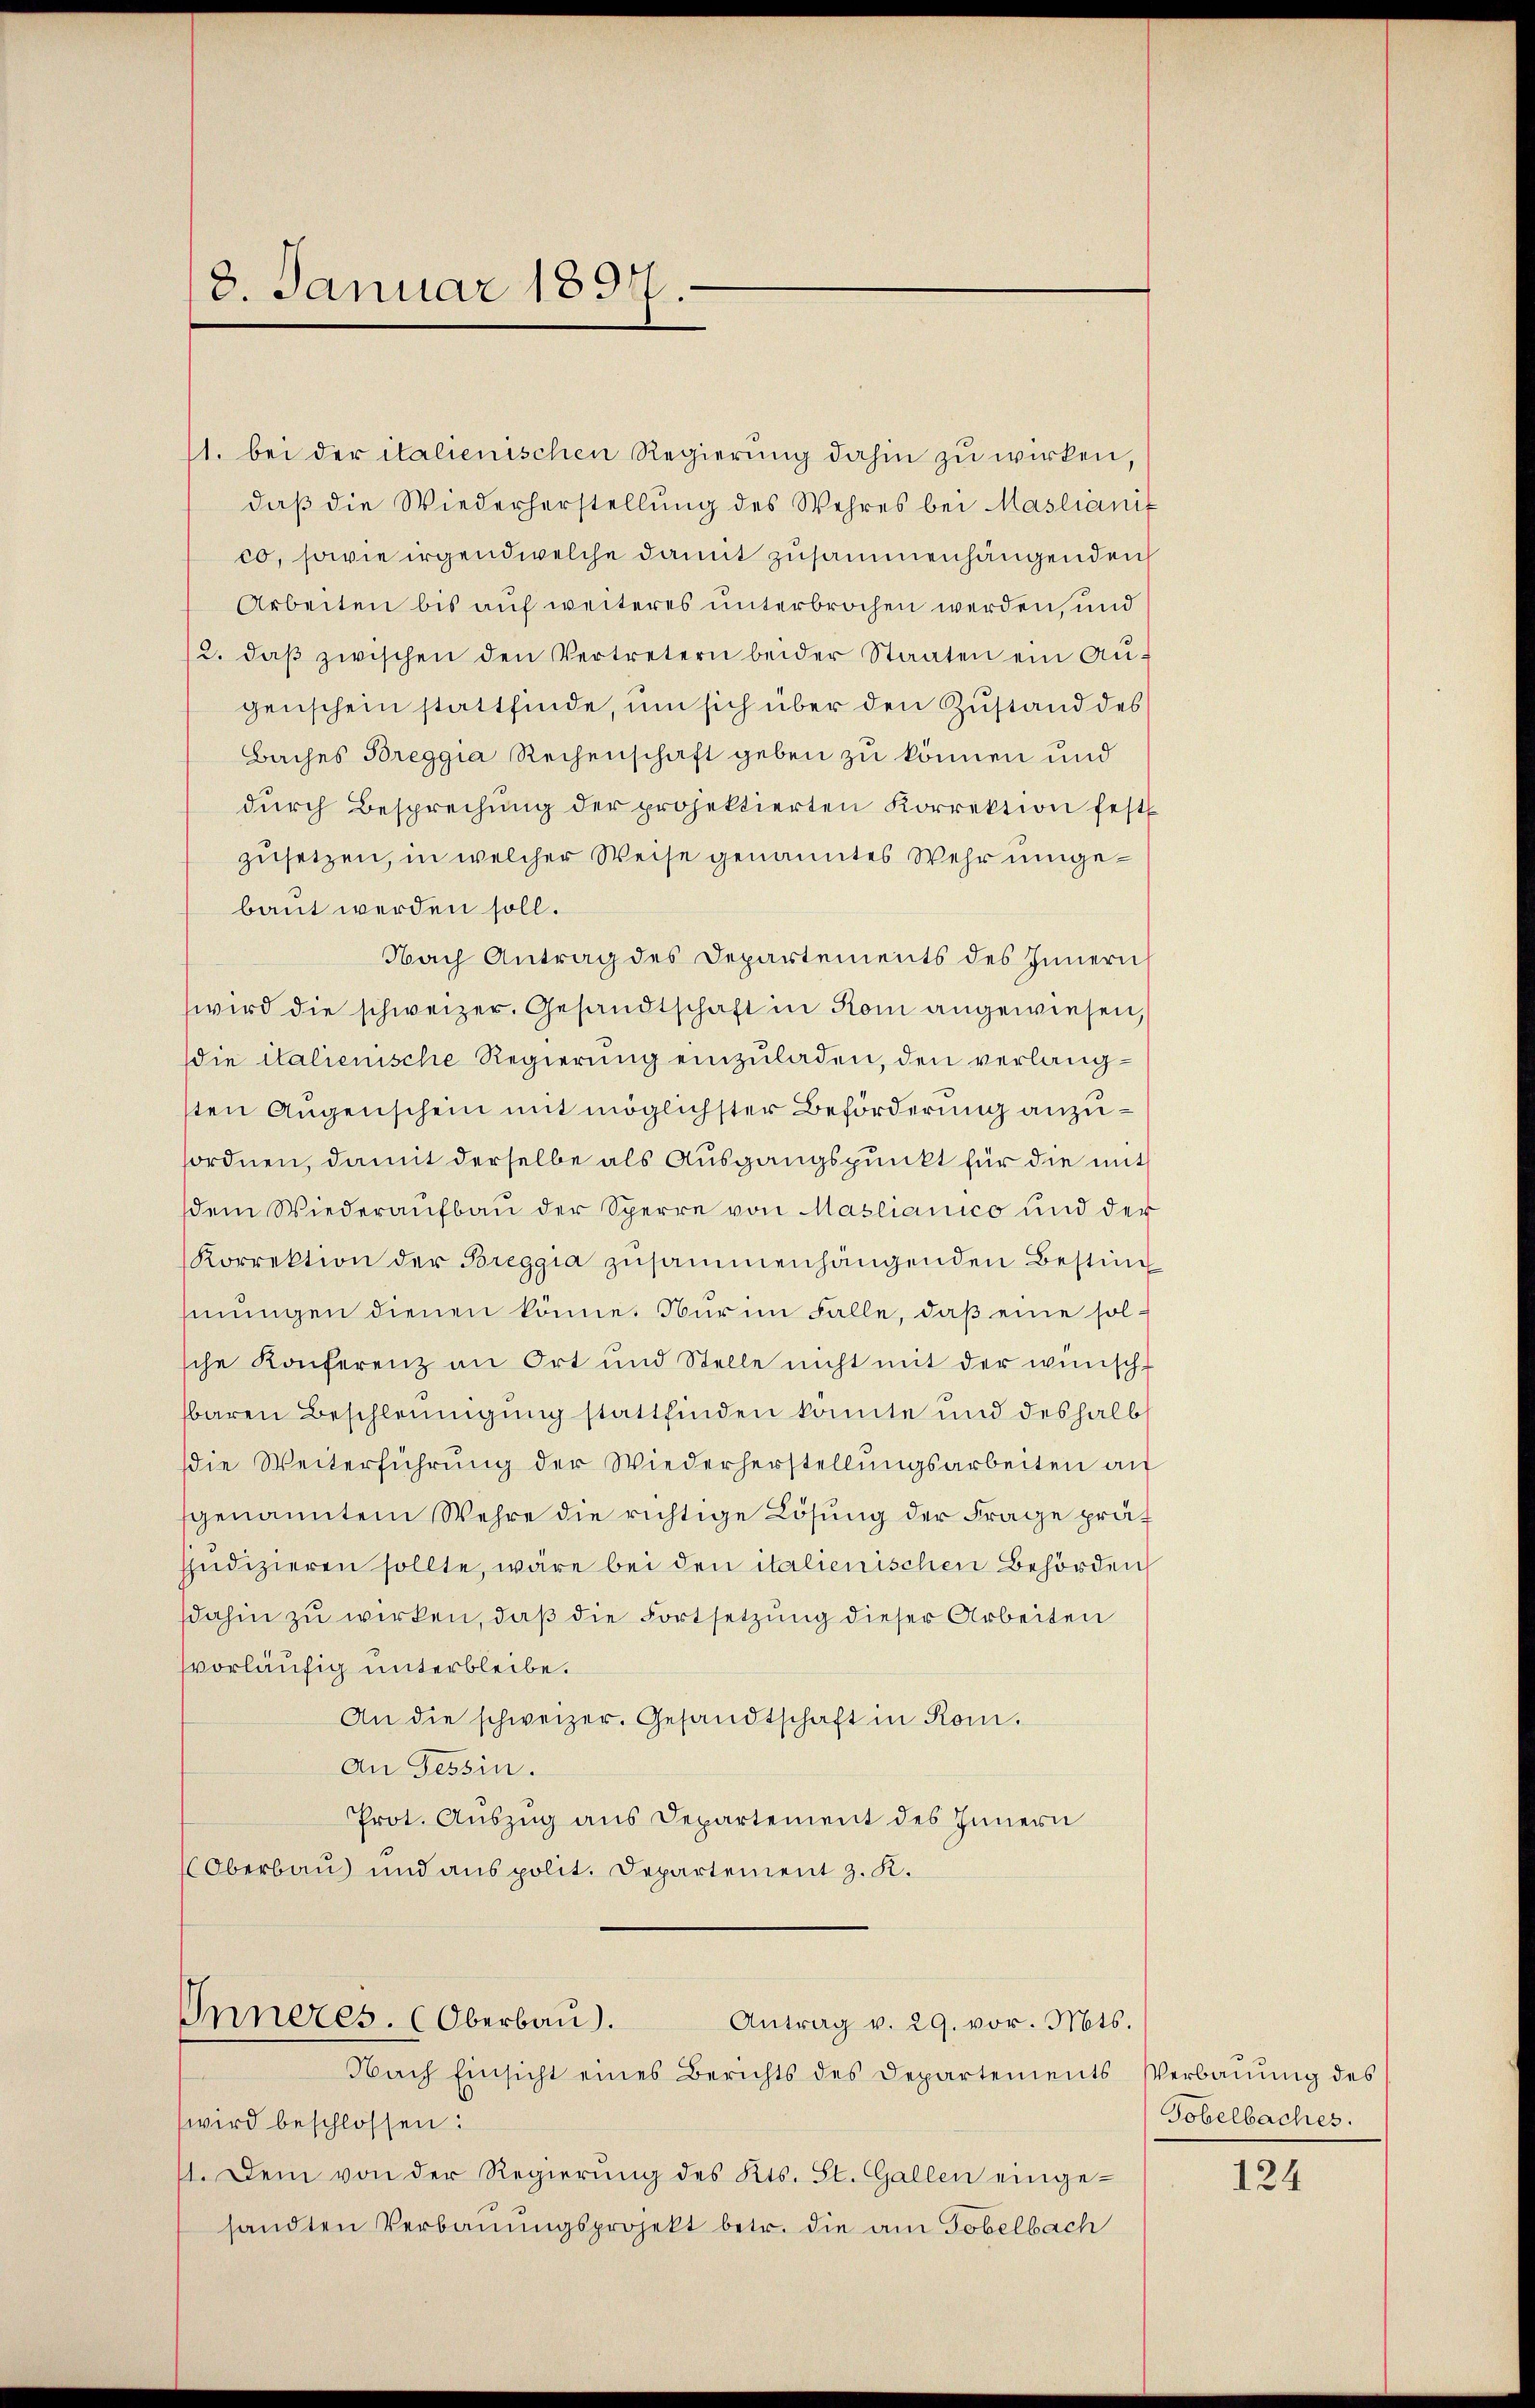
8. Januar 1897.

1. bei der italienischen Regierung dahin zu wirken,
daß die Wiederherstellung des Wehres bei Maslianit
00, sowie irgendwelche damit zusammenhängenden
Arbeiten bis auf weiteres unterbrochen werden, und
2. daβ zwischen den Vertretern beider Staaten ein Aŭ-
genschein stattfinde, um sich über den Zustand des
Baches Breggia Rechenschaft geben zu können und
dŭrch Besprechŭng der projektierten Korrektion fest
zusetzen, in welcher Weise genanntes Wehr umgebaut werden soll.
Nach Antrag des Departements des Innern
wird die schweizer. Gesandtschaft in Rom angewiesen,
die italienische Regierung einzuladen, den verlangsten Augenschein mit möglichster Beförderung anzusordnen, damit derselbe als Ausgangspunkt für die mit
dem Wiederaufbau der Sperre von Maslianico und der
Korrektion der Breggia zusammenhängenden Bestim
mungen dienen könne. Nur im Falle, daß eine solsche Konferenz an Ort und Stelle nicht mit der wünsch
sbaren Beschleunigung stattfinden konnte und deshalb
die Weiterführŭng der Wiederherstellŭngsarbeiten au
genanntem Wehre die richtige Lösung der Frage prä
suedizieren sollte, wäre bei den italienischen Behörden
dahin zu wirken, daß die Fortsetzung dieser Arbeiten
vorläufig unterbleibe.
An die schweizer. Gesandtschaft in Rom.
An Tessin.
Prot. Auszug aus Departement des Innern
Oberbau und aus polit. Departement z. K.

Inneres. (Oberbau).
Antrag v. 29. vor. Mts.

Nach Einsicht eines Berichts des Departements Verbauung des
wird beschlossen:
11. Dem von der Regierŭng des Kts. St. Gallen eingesandten Verbauungsprojekt betr. die am Tobelbach

Tobelbaches.

124